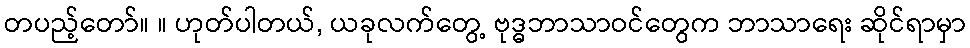
တပည့်တော်။ ။ ဟုတ်ပါတယ်, ယခုလက်တွေ့ ဗုဒ္ဓဘာသာဝင်တွေက ဘာသာရေး ဆိုင်ရာမှာ